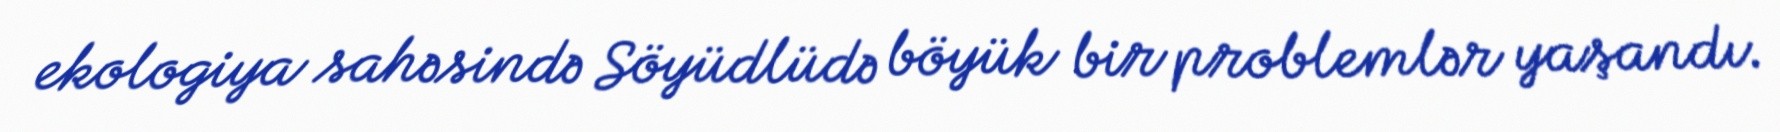
ekologiya sahəsində Söyüdlüdə böyük bir problemlər yaşandı.